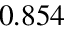
0 . 8 5 4